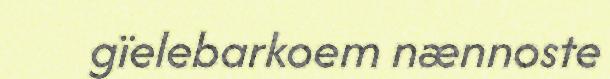
gïelebarkoem nænnoste